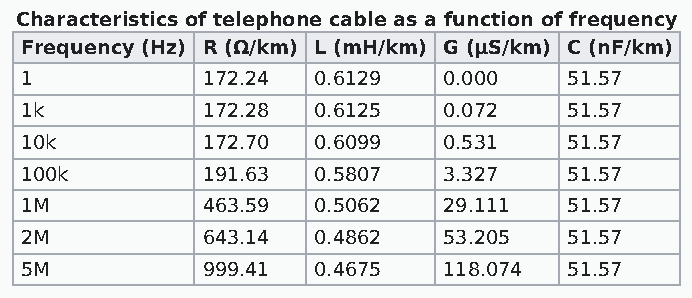
Characteristics of telephone cable as a function of frequency
 Frequency (Hz) R (Ω/km) L (mH/km) G (μS/km) C (nF/km)
 1           172.24  0.6129  0.000    51.57
 1k          172.28  0.6125  0.072    51.57
 10k         172.70  0.6099  0.531    51.57
 100k        191.63  0.5807  3.327    51.57
 1M          463.59  0.5062  29.111   51.57
 2M          643.14  0.4862  53.205   51.57
 5M          999.41  0.4675  118.074  51.57